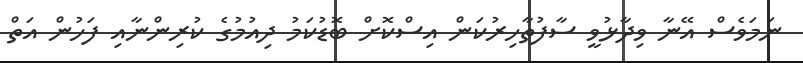
ނަަމަވެސް އޭނާ ވިދާޅުވީ ސާފުތާހިރުކަން އިސްކޮށް ބޮޑުކަމު ދިއުމުގެ ކުރިންނާއި ފަހުން އަތް